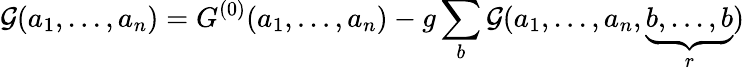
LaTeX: {{\cal G}}(a_{1},...,a_{n})={G}^{(0)}(a_{1},...,a_{n})-g\sum_{b}{{\cal G}}(a_{1},...,a_{n},\underbrace{b,...,b}_{r})